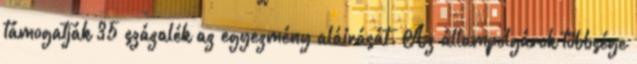
támogatják 35 százalék az egyezmény aláírását. Az állampolgárok többsége